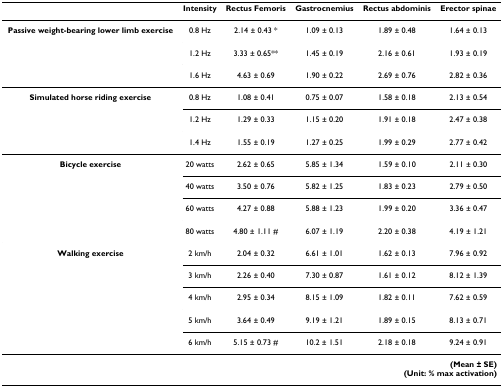
<table><thead><tr><td>[EMPTY_CELL]</td><td><b>Intensity</b></td><td><b>Rectus Femoris</b></td><td><b>Gastrocnemius</b></td><td><b>Rectus abdominis</b></td><td><b>Erector spinae</b></td></tr></thead><tbody><tr><td><b>Passive weight-bearing lower limb exercise</b></td><td>0.8 Hz</td><td>2.14 ± 0.43 *</td><td>1.09 ± 0.13</td><td>1.89 ± 0.48</td><td>1.64 ± 0.13</td></tr><tr><td>[EMPTY_CELL]</td><td>1.2 Hz</td><td>3.33 ± 0.65**</td><td>1.45 ± 0.19</td><td>2.16 ± 0.61</td><td>1.93 ± 0.19</td></tr><tr><td>[EMPTY_CELL]</td><td>1.6 Hz</td><td>4.63 ± 0.69</td><td>1.90 ± 0.22</td><td>2.69 ± 0.76</td><td>2.82 ± 0.36</td></tr><tr><td><b>Simulated horse riding exercise</b></td><td>0.8 Hz</td><td>1.08 ± 0.41</td><td>0.75 ± 0.07</td><td>1.58 ± 0.18</td><td>2.13 ± 0.54</td></tr><tr><td>[EMPTY_CELL]</td><td>1.2 Hz</td><td>1.29 ± 0.33</td><td>1.15 ± 0.20</td><td>1.91 ± 0.18</td><td>2.47 ± 0.38</td></tr><tr><td>[EMPTY_CELL]</td><td>1.4 Hz</td><td>1.55 ± 0.19</td><td>1.27 ± 0.25</td><td>1.99 ± 0.29</td><td>2.77 ± 0.42</td></tr><tr><td><b>Bicycle exercise</b></td><td>20 watts</td><td>2.62 ± 0.65</td><td>5.85 ± 1.34</td><td>1.59 ± 0.10</td><td>2.11 ± 0.30</td></tr><tr><td>[EMPTY_CELL]</td><td>40 watts</td><td>3.50 ± 0.76</td><td>5.82 ± 1.25</td><td>1.83 ± 0.23</td><td>2.79 ± 0.50</td></tr><tr><td>[EMPTY_CELL]</td><td>60 watts</td><td>4.27 ± 0.88</td><td>5.88 ± 1.23</td><td>1.99 ± 0.20</td><td>3.36 ± 0.47</td></tr><tr><td>[EMPTY_CELL]</td><td>80 watts</td><td>4.80 ± 1.11 #</td><td>6.07 ± 1.19</td><td>2.20 ± 0.38</td><td>4.19 ± 1.21</td></tr><tr><td><b>Walking exercise</b></td><td>2 km/h</td><td>2.04 ± 0.32</td><td>6.61 ± 1.01</td><td>1.62 ± 0.13</td><td>7.96 ± 0.92</td></tr><tr><td>[EMPTY_CELL]</td><td>3 km/h</td><td>2.26 ± 0.40</td><td>7.30 ± 0.87</td><td>1.61 ± 0.12</td><td>8.12 ± 1.39</td></tr><tr><td>[EMPTY_CELL]</td><td>4 km/h</td><td>2.95 ± 0.34</td><td>8.15 ± 1.09</td><td>1.82 ± 0.11</td><td>7.62 ± 0.59</td></tr><tr><td>[EMPTY_CELL]</td><td>5 km/h</td><td>3.64 ± 0.49</td><td>9.19 ± 1.21</td><td>1.89 ± 0.15</td><td>8.13 ± 0.71</td></tr><tr><td>[EMPTY_CELL]</td><td>6 km/h</td><td>5.15 ± 0.73 #</td><td>10.2 ± 1.51</td><td>2.18 ± 0.18</td><td>9.24 ± 0.91</td></tr><tr><td colspan="6"><b>(Mean ± SE)</b><b>(Unit: % max activation)</b></td></tr></tbody></table>